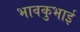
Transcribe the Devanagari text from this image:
भावकुभाई